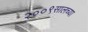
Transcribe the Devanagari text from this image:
२००९सालच्या